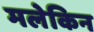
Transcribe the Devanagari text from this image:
मलेकिन